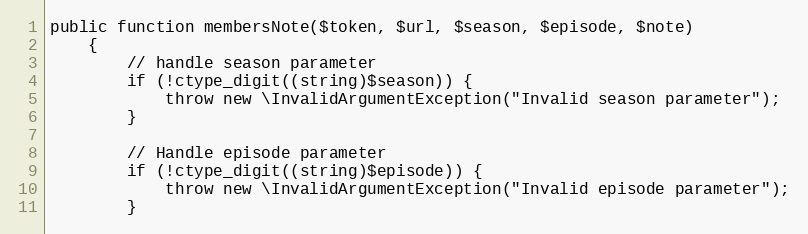
Language: PHP
public function membersNote($token, $url, $season, $episode, $note)
    {
        // handle season parameter
        if (!ctype_digit((string)$season)) {
            throw new \InvalidArgumentException("Invalid season parameter");
        }

        // Handle episode parameter
        if (!ctype_digit((string)$episode)) {
            throw new \InvalidArgumentException("Invalid episode parameter");
        }